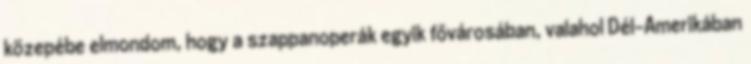
közepébe elmondom, hogy a szappanoperák egyik fővárosában, valahol Dél-Amerikában